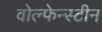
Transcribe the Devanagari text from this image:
वोल्फेन्स्टीन